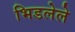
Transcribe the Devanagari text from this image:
भिडलेले